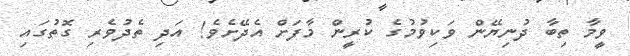
ވީމާ ތިބާ ދުނިޔޭން ވަކިވުމުގެ ކުރީން މާފަށް އެދޭށެވެ! އަދި ތެދުވެރި ގޮތުގައި